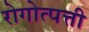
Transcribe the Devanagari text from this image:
रोगोत्पत्ती